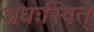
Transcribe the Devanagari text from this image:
अधःस्वित्